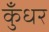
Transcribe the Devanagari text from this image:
कुँधर